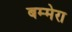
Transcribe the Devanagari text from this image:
बम्मेरा